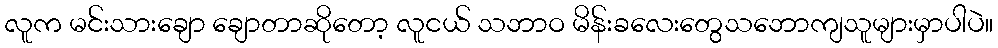
လူက မင်းသားချော ချောတာဆိုတော့ လူငယ် သဘာဝ မိန်းခလေးတွေသဘောကျသူများမှာပါပဲ။